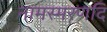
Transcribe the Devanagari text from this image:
नामस्मरणदि